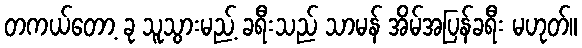
တကယ်တော့ ခု သူသွားမည့် ခရီးသည် သာမန် အိမ်အပြန်ခရီး မဟုတ်။